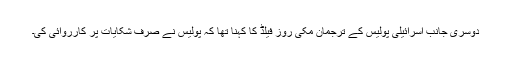
دوسری جانب اسرائیلی پولیس کے ترجمان مکی روز فیلڈ کا کہنا تھا کہ پولیس نے صرف شکایات پر کارروائی کی۔